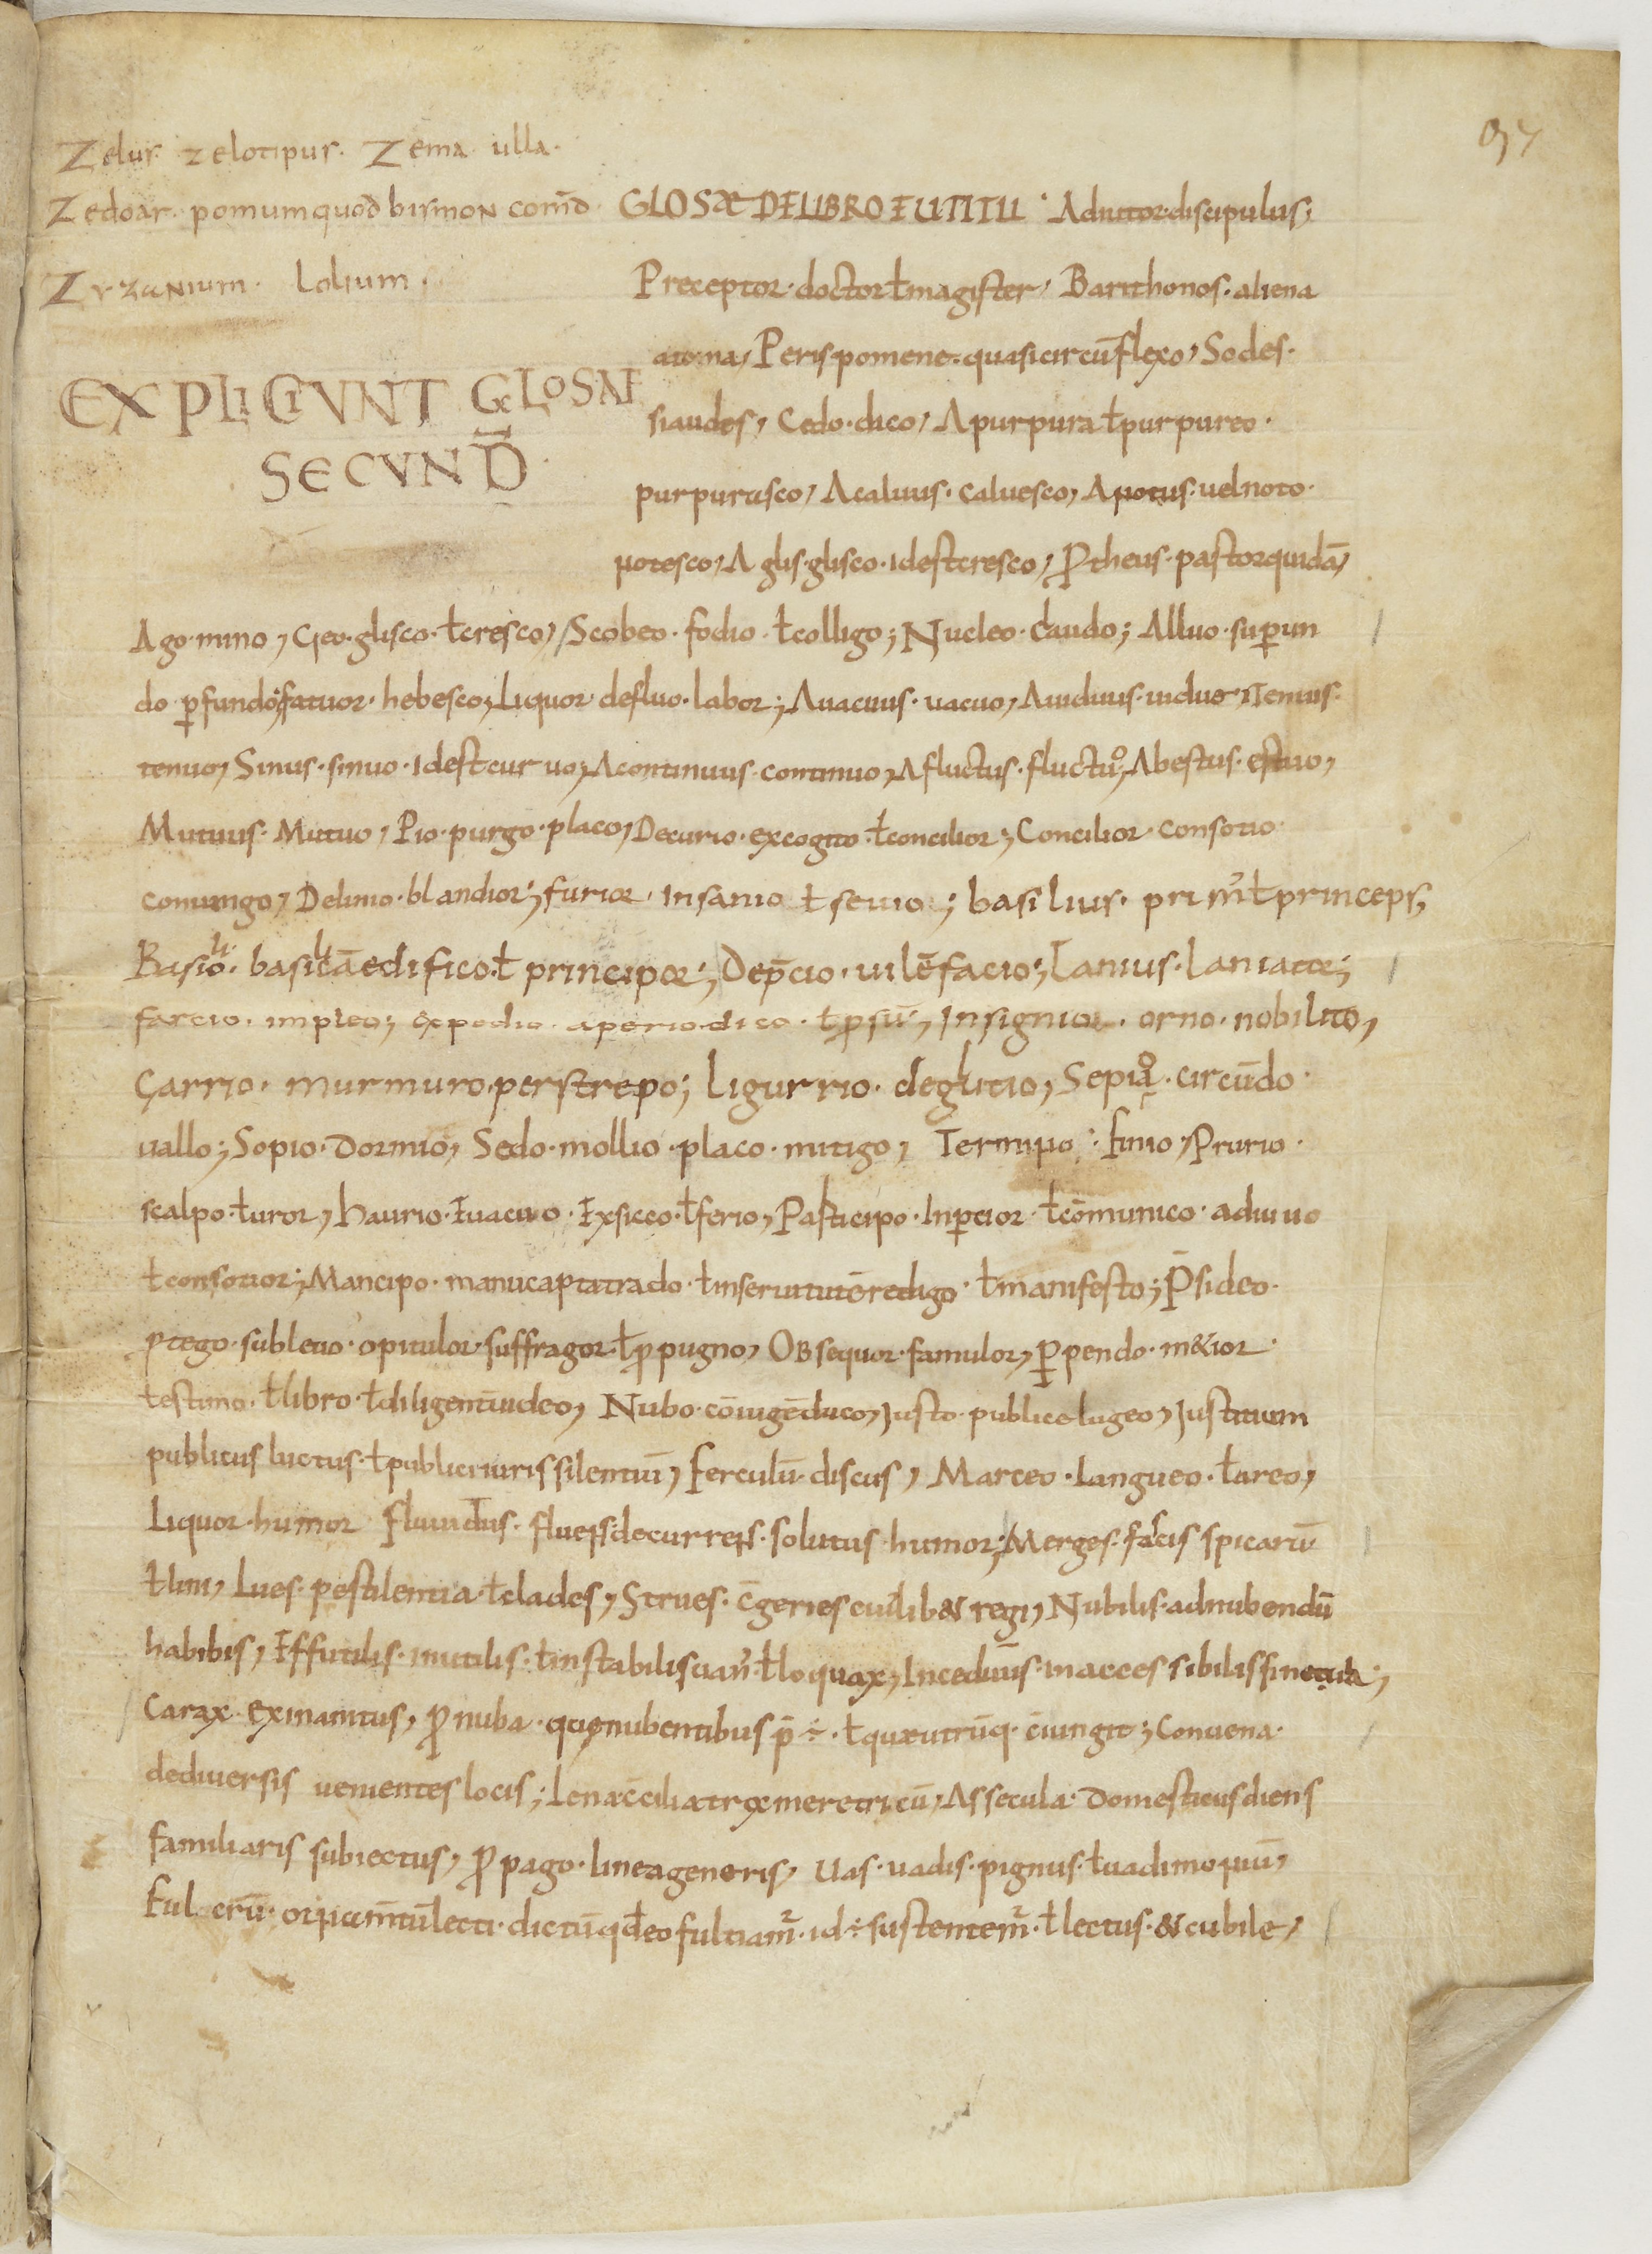
Shelfmark: Paris, BnF, lat. 14087
Century: 9